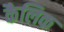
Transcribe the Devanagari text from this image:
कैलिक